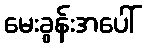
မေးခွန်းအပေါ်